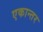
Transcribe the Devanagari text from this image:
एकान्‍तर